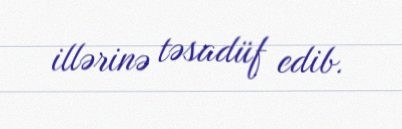
illərinə təsadüf edib.